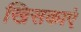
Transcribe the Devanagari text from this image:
खिसकाएं